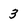
Character: 3